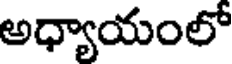
అధ్యాయంలో